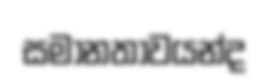
සමානතාවයන්ද